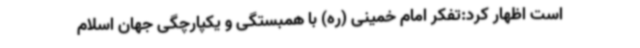
است اظهار کرد:تفکر امام خمینی (ره) با همبستگی و یکپارچگی جهان اسلام